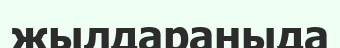
жылдараныда